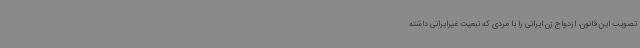
تصویب این قانون، ازدواج زن ایرانی را با مردی که تبعیت غیرایرانی داشته